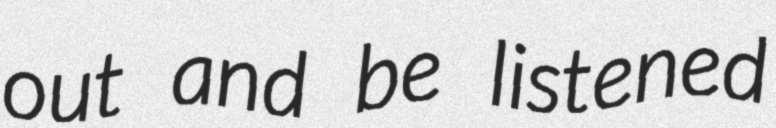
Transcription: out and be listened